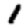
Digit: 1